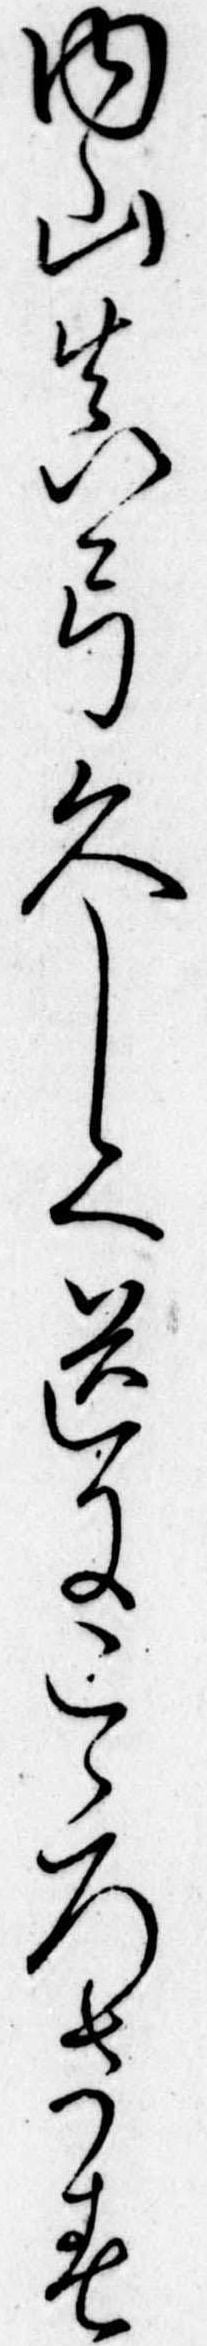
内山真弓久しく道にこゝろさす